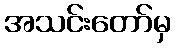
အသင်းတော်မှ